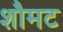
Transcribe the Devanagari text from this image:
शौमट